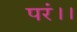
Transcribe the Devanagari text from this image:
परं।।